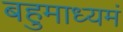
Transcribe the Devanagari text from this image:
बहुमाध्‍यमं